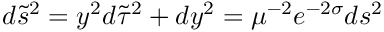
d \tilde { s } ^ { 2 } = y ^ { 2 } d \tilde { \tau } ^ { 2 } + d y ^ { 2 } = \mu ^ { - 2 } e ^ { - 2 \sigma } d s ^ { 2 }